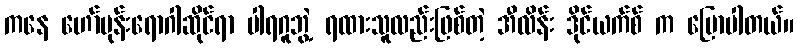
ကနေ ဟော်မုန်းရောဂါဆိုင်ရာ ပါရဂူဘွဲ့ ရထားသူလည်းဖြစ်တဲ့ အီလိန်း ဒိုင်ယက်စ် က ပြောပါတယ်။